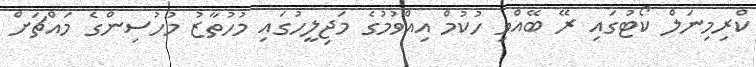
ކްރިމިނަލް ކޯޓުގައި ރޭ ބޭއްވި ހުކުމް އިއްވުމުގެ މަޖިލީހުގައި މުހުތާޒު މުހުސިންގެ މައްޗަށް